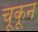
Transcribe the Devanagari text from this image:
चूकून